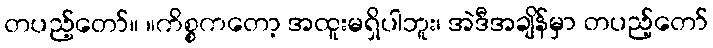
တပည့်တော်။ ။ကိစ္စကတော့ အထူးမရှိပါဘူး၊ အဲဒီအချိန်မှာ တပည့်တော်